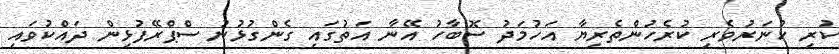
ކުރި ހުނަރުވެރި ކުރެހުންތެރިޔާ އަހުމަދު ސޮބާހު އޭނާ އަތުގައި ގެންގުޅުނު ސްޕްރޭފުޅިން ދައްކުވައި